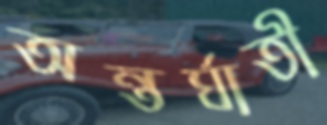
অন্তর্ঘাতী